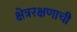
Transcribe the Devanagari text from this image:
क्षेत्ररक्षणाची